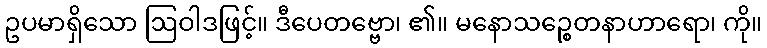
ဥပမာရှိသော ဩဝါဒဖြင့်။ ဒီပေတဗ္ဗော၊ ၏။ မနောသဉ္စေတနာဟာရော၊ ကို။